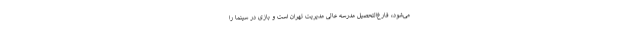
می‌شود، فارغ‌التحصیل مدرسه عالی مدیریت تهران است و بازی در سینما را